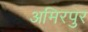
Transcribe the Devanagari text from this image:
अमिरपुर